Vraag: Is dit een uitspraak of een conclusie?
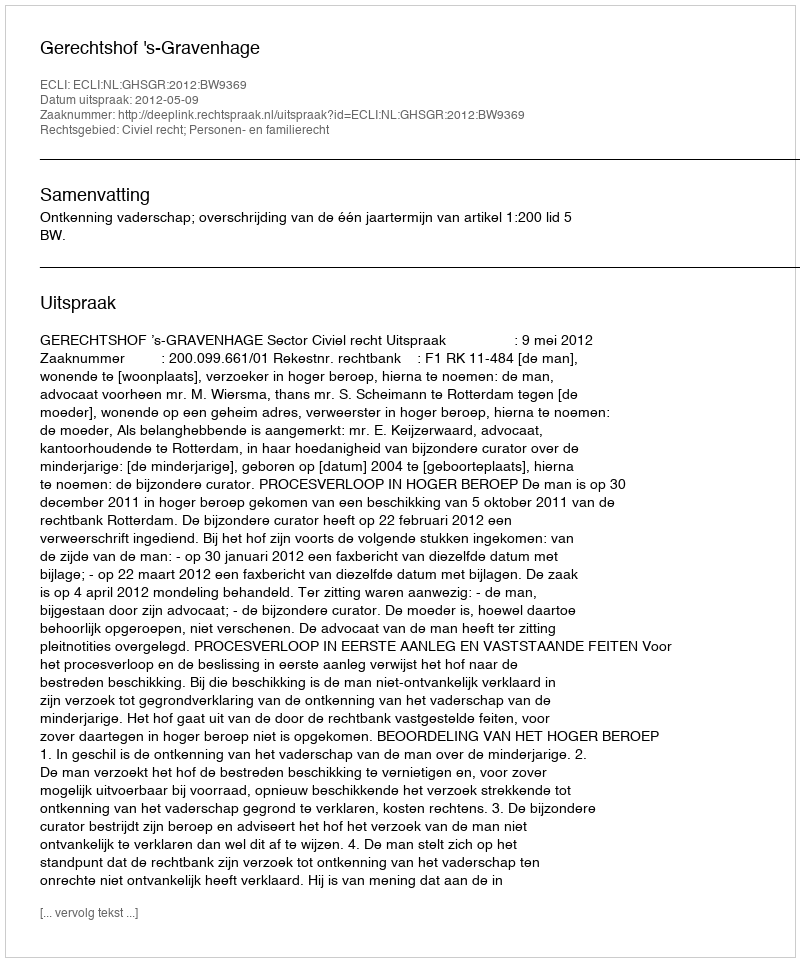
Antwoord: Uitspraak